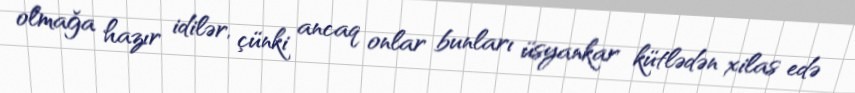
olmağa hazır idilər, çünki ancaq onlar bunları üsyankar kütlədən xilas edə